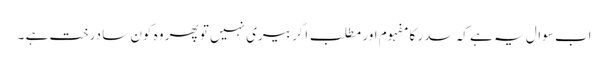
اب سوال یہ ہے کہ سدر کا مفہوم اور مطلب اگر بیری نہیں تو پھر وہ کون سا درخت ہے ۔